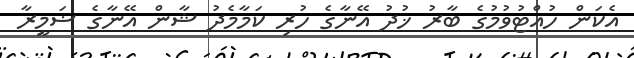
އެކަން ހުއްޓުވުމުގެ ބާރު ޚުދު އޭނާގެ ހުރި ކަމާމެދު ޝާން އޭނާގެ ޟަމީރާ